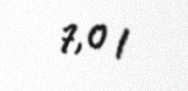
7,0 l